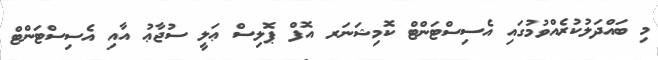
މި ބައްދަލުކުރެއްވުމުގައި އެސިސްޓަންޓް ކޮމިޝަނަރ އޮފް ޕޮލިސް ޢަލީ ސުޖާޢު އާއި އެސިސްޓަންޓް